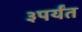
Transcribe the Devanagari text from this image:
३पर्यंत